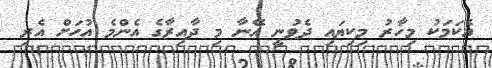
އެކަމަކު މިހާރު މިކިޔައި ދެވުނީ އޭނާ މި ދާއިރާގެ އެންމެ އުހަށް އެރި